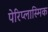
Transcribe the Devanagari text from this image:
पेरिप्लास्मिक